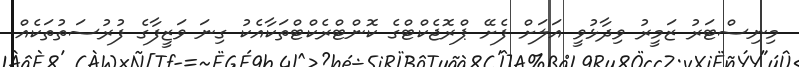
މިނިސްޓަރު ޒަމީރު ވިދާޅުވީ އަލަށް ފެށޭ ޕްރޮޖެކްޓްގެ ކޮންޓްރެކްޓްތަކާއެކު ގިނަ ވަޒީފާގެ ފުރުސަތުތަކެއް